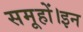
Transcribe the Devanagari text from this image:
समूहों।इन